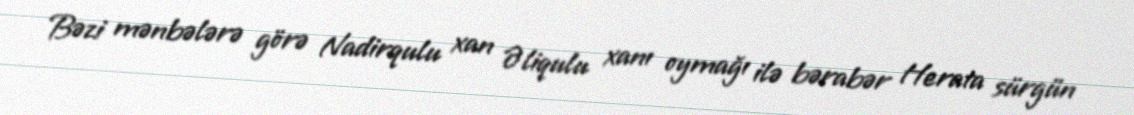
Bəzi mənbələrə görə Nadirqulu xan Əliqulu xanı oymağı ilə bərabər Herata sürgün